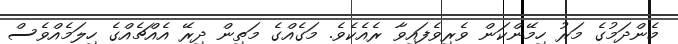
މެންދަމުގެ މަރު ހިމޭންކަން ވެރިވެފައިވާ ރެއެކެވެ. މަގެއްގެ މަތިން ދިރޭ އެއްޗެއްގެ ހިލަމެއްވެސް